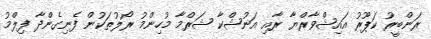
ރަންބީރު ކަޕޫރު އައިޝްވާރްޔާ ރާއި އަނުޝްކާ ޝަރްމާ މުހިންމު ރޯލުތަކުން ފެނިގެންދާ ފިލްމު